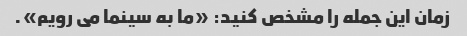
زمان این جمله را مشخص کنید: «ما به سینما می رویم».